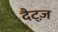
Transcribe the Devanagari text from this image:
दैट्ज़